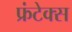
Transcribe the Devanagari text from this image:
फ्रंटेक्स